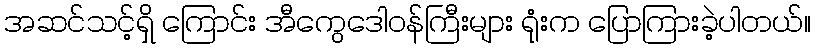
အဆင်သင့်ရှိ ကြောင်း အီကွေဒေါဝန်ကြီးများ ရုံးက ပြောကြားခဲ့ပါတယ်။